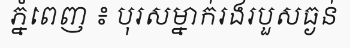
ភ្នំពេញ ៖ បុរសម្នាក់រងរបួសធ្ងន់